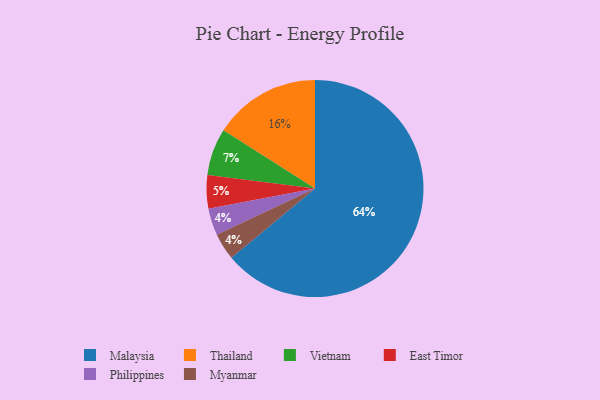
{"axis": {"x": "Category", "y": "Percentage"}, "legend": ["East Timor", "Malaysia", "Myanmar", "Philippines", "Thailand", "Vietnam"], "data": [{"x": "Thailand", "y": 16, "type": "Thailand"}, {"x": "Philippines", "y": 4, "type": "Philippines"}, {"x": "East Timor", "y": 5, "type": "East Timor"}, {"x": "Myanmar", "y": 4, "type": "Myanmar"}, {"x": "Malaysia", "y": 64, "type": "Malaysia"}, {"x": "Vietnam", "y": 7, "type": "Vietnam"}]}